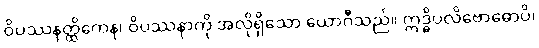
ဝိပဿနတ္ထိကေန၊ ဝိပဿနာကို အလိုရှိသော ယောဂီသည်။ ဣဒ္ဓိပလိဗောဓောပိ၊